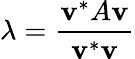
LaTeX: \lambda={\frac{\mathbf{v}^{*}A\mathbf{v}}{\mathbf{v}^{*}\mathbf{v}}}